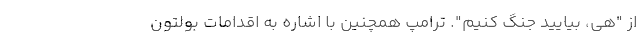
از "هی، بیایید جنگ کنیم". ترامپ همچنین با اشاره به اقدامات بولتون